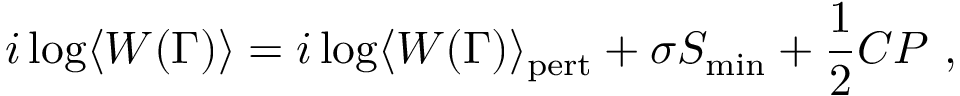
i \log \langle W ( \Gamma ) \rangle = i \log \langle W ( \Gamma ) \rangle _ { \mathrm { p e r t } } + \sigma S _ { \mathrm { m i n } } + { \frac { 1 } { 2 } } C P \ ,